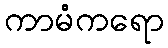
ကာမံကရော